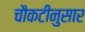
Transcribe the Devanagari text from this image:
चौकटीनुसार